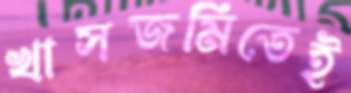
খাসজমিতেই